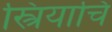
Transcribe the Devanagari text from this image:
स्त्रियाचि